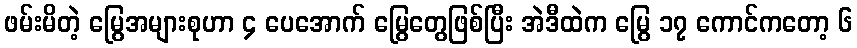
ဖမ်းမိတဲ့ မြွေအများစုဟာ ၄ ပေအောက် မြွေတွေဖြစ်ပြီး အဲဒီထဲက မြွေ ၁၇ ကောင်ကတော့ ၆